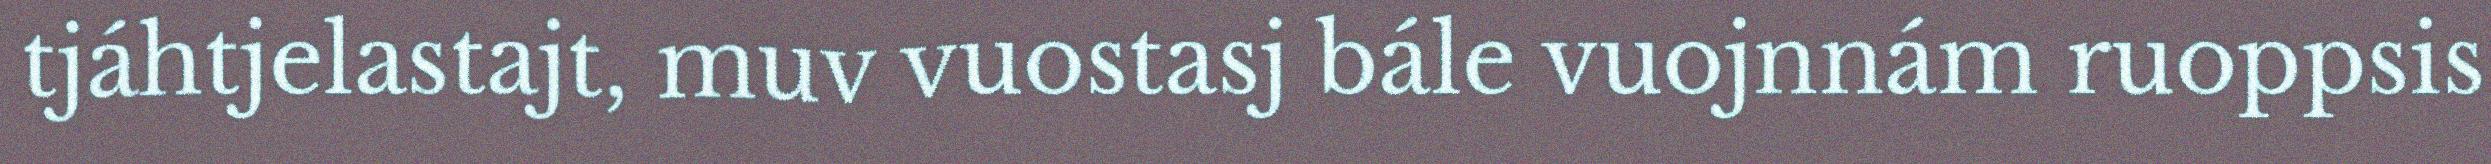
tjáhtjelastajt, muv vuostasj bále vuojnnám ruoppsis